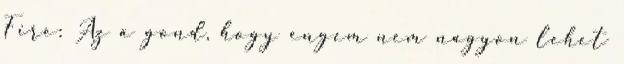
Fire: Az a gond, hogy engem nem nagyon lehet